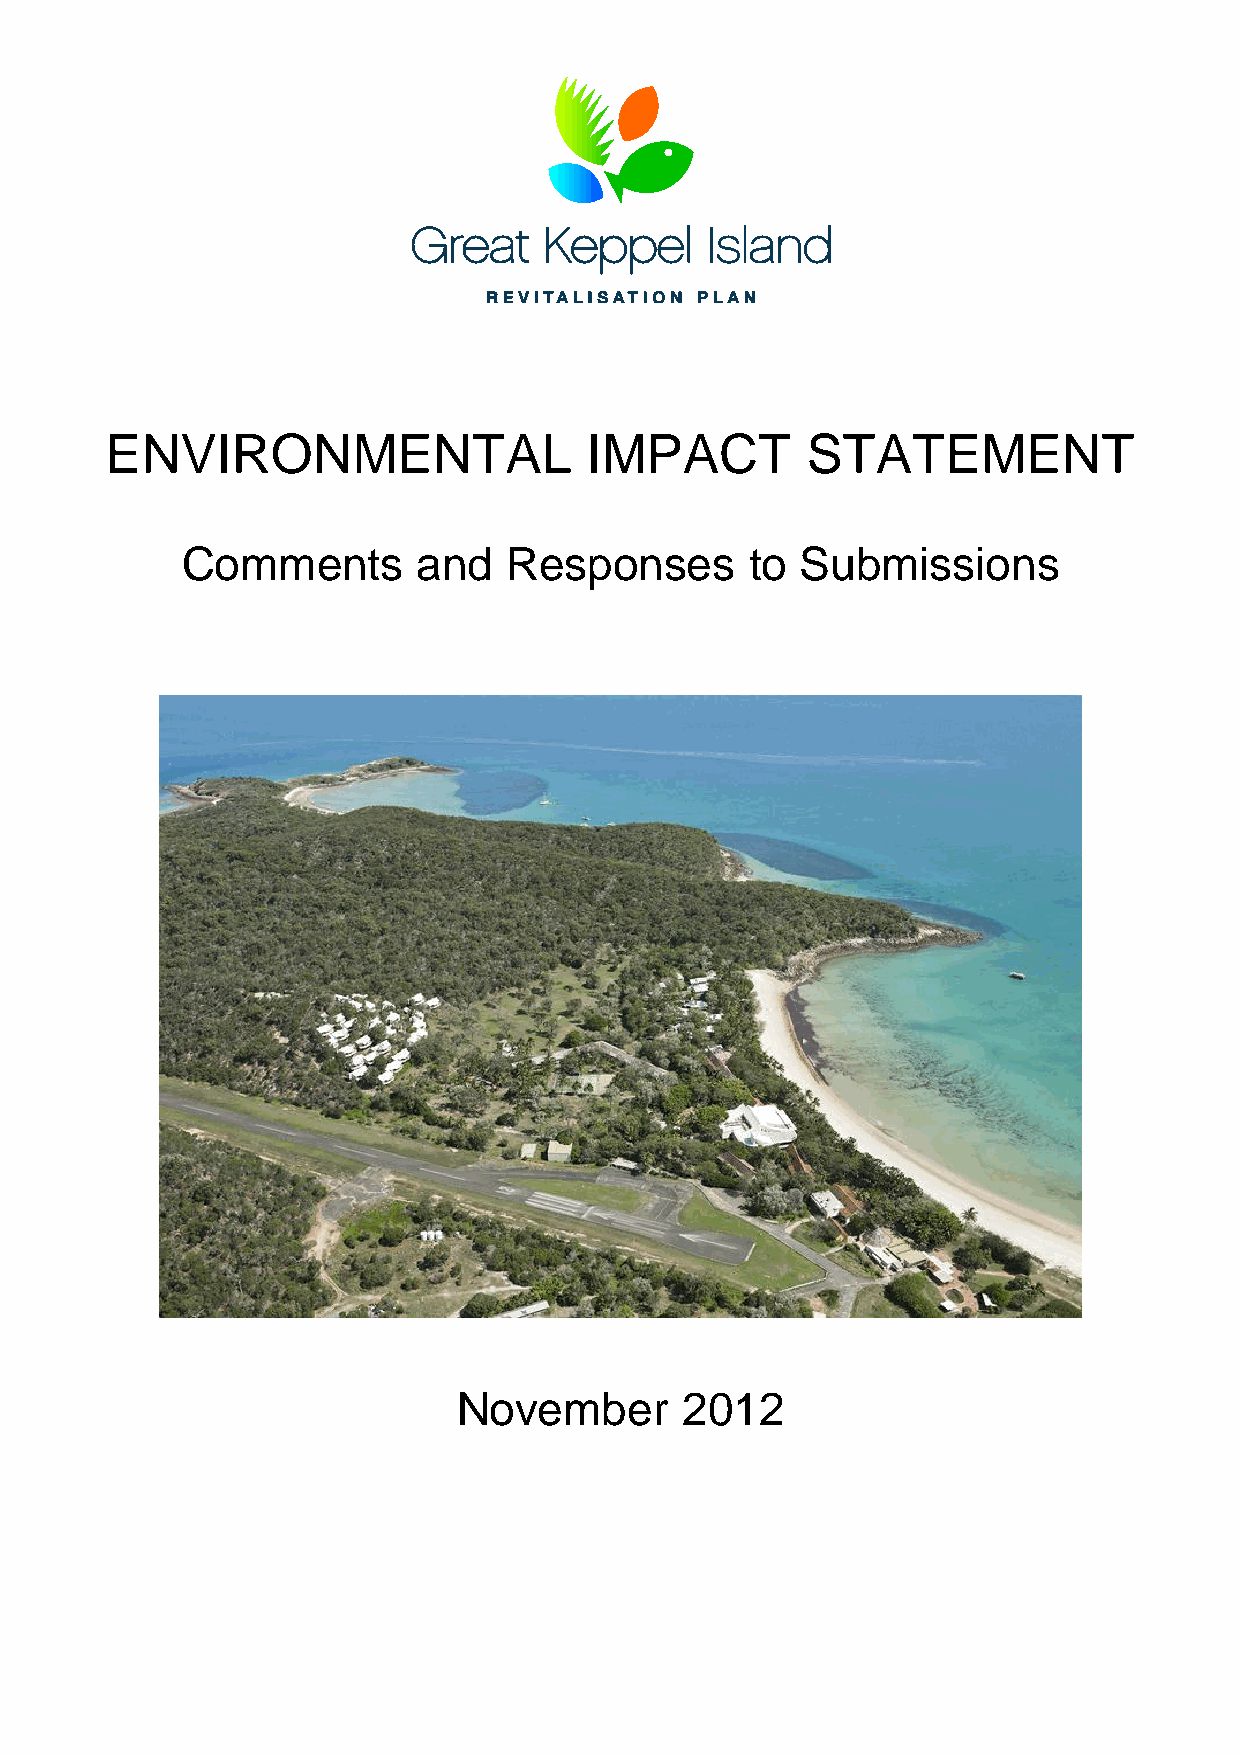
ENVIRONMENTAL                   IMPACT        STATEMENT
 Comments        and  Responses        to Submissions
 November       2012